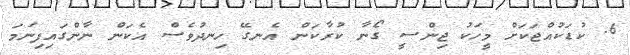
6. ކުޑަކުއްޖަކަށް މީހަކު ޖިންސީ ގޯނާ ކުރާކަން އެނގޭ ހިނދުވެސް އެކަން ނާންގައިފިނަމަ